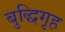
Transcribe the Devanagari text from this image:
बुद्धिगृह